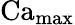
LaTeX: \operatorname{Ca}_{\operatorname*{max}}